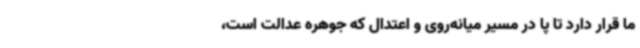
ما قرار دارد تا پا در مسیر میانه‌روی و اعتدال که جوهره عدالت است،